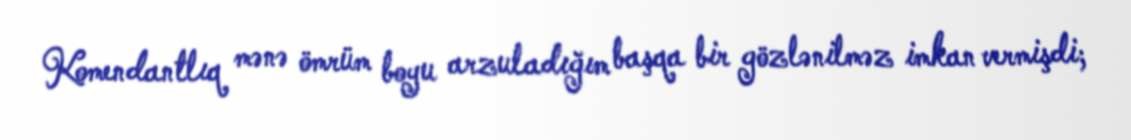
Komendantlıq mənə ömrüm boyu arzuladığım başqa bir gözlənilməz imkan vermişdi;